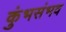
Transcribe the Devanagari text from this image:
कुंभसंभव